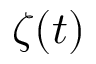
\zeta ( t )